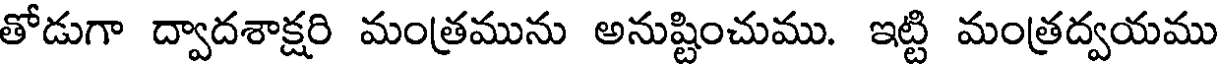
తోడుగా ద్వాదశాక్షరి మంత్రమును అనుష్టించుము. ఇట్టి మంత్రద్వయము